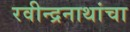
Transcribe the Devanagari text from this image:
रवीन्द्रनाथांचा